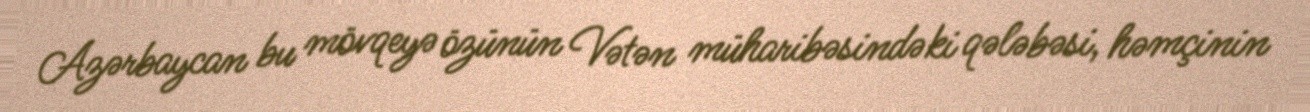
Azərbaycan bu mövqeyə özünün Vətən müharibəsindəki qələbəsi, həmçinin